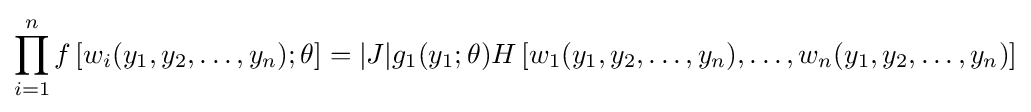
\prod _{i=1}^{n}f\left[w_{i}(y_{1},y_{2},\dots ,y_{n});\theta \right]=|J|g_{1}(y_{1};\theta )H\left[w_{1}(y_{1},y_{2},\dots ,y_{n}),\dots ,w_{n}(y_{1},y_{2},\dots ,y_{n})\right]